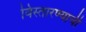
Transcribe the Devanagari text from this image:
विस्तारण्याची